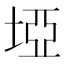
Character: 埡